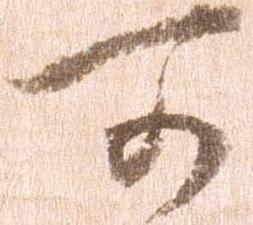
可